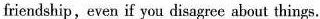
friendship,even if you disagree about things.